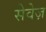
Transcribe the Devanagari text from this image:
सेवेज़